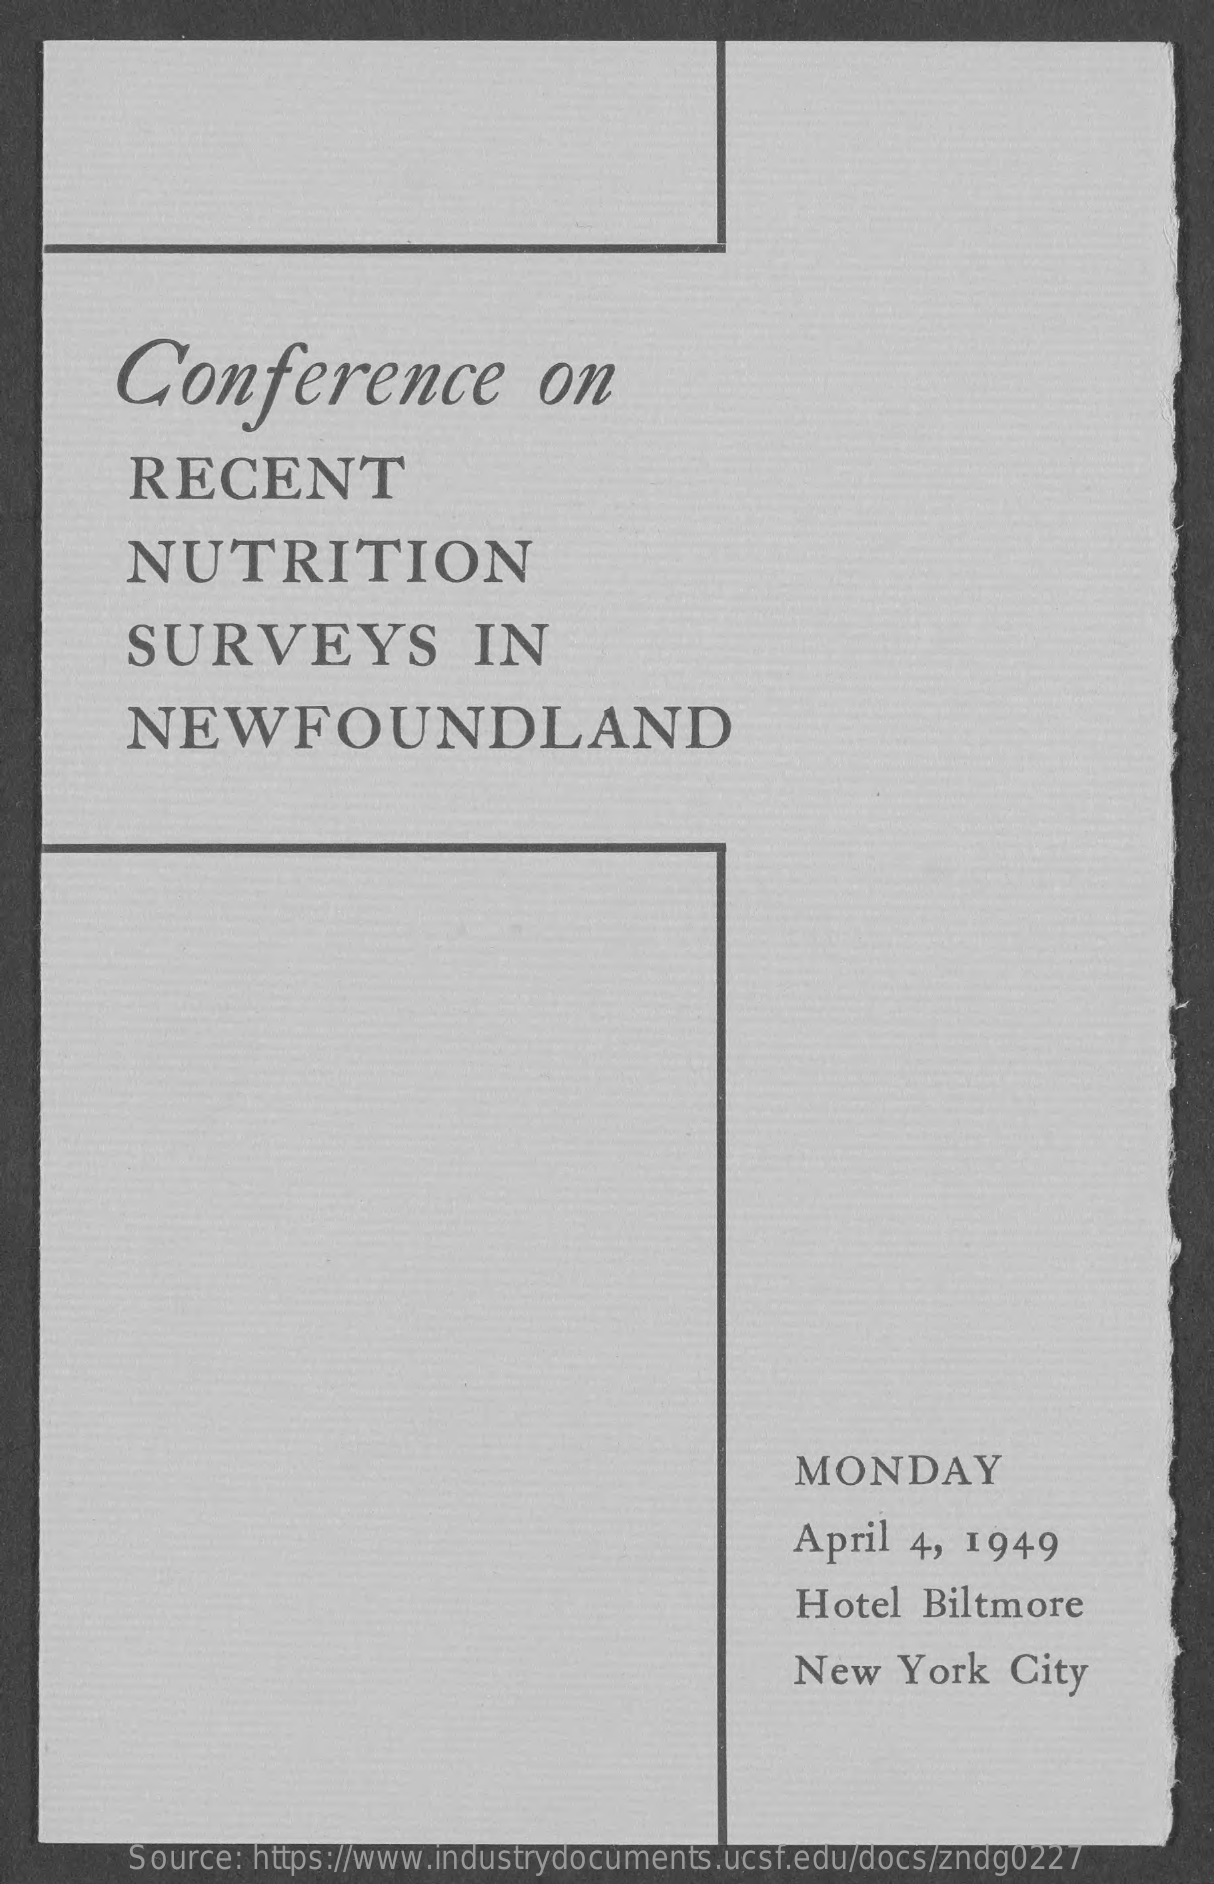
Conference    on
     RECENT
     NUTRITION
     SURVEYS    IN
     NEWFOUNDLAND
     MONDAY
     April  4,  1949
     Hotel   Biltmore
     New    York  City
     Source: https://www.industrydocuments.ucsf.edu/docs/zndg0227